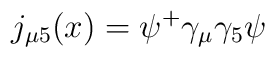
j_{\mu 5}(x)=\psi ^{+}\gamma _\mu \gamma _5\psi